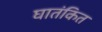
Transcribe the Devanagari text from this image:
घातंकित